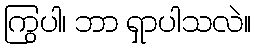
ကြွပါ၊ ဘာ ရှာပါသလဲ။